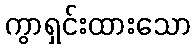
ကွာရှင်းထားသော